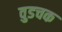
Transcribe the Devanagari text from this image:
वुडचक